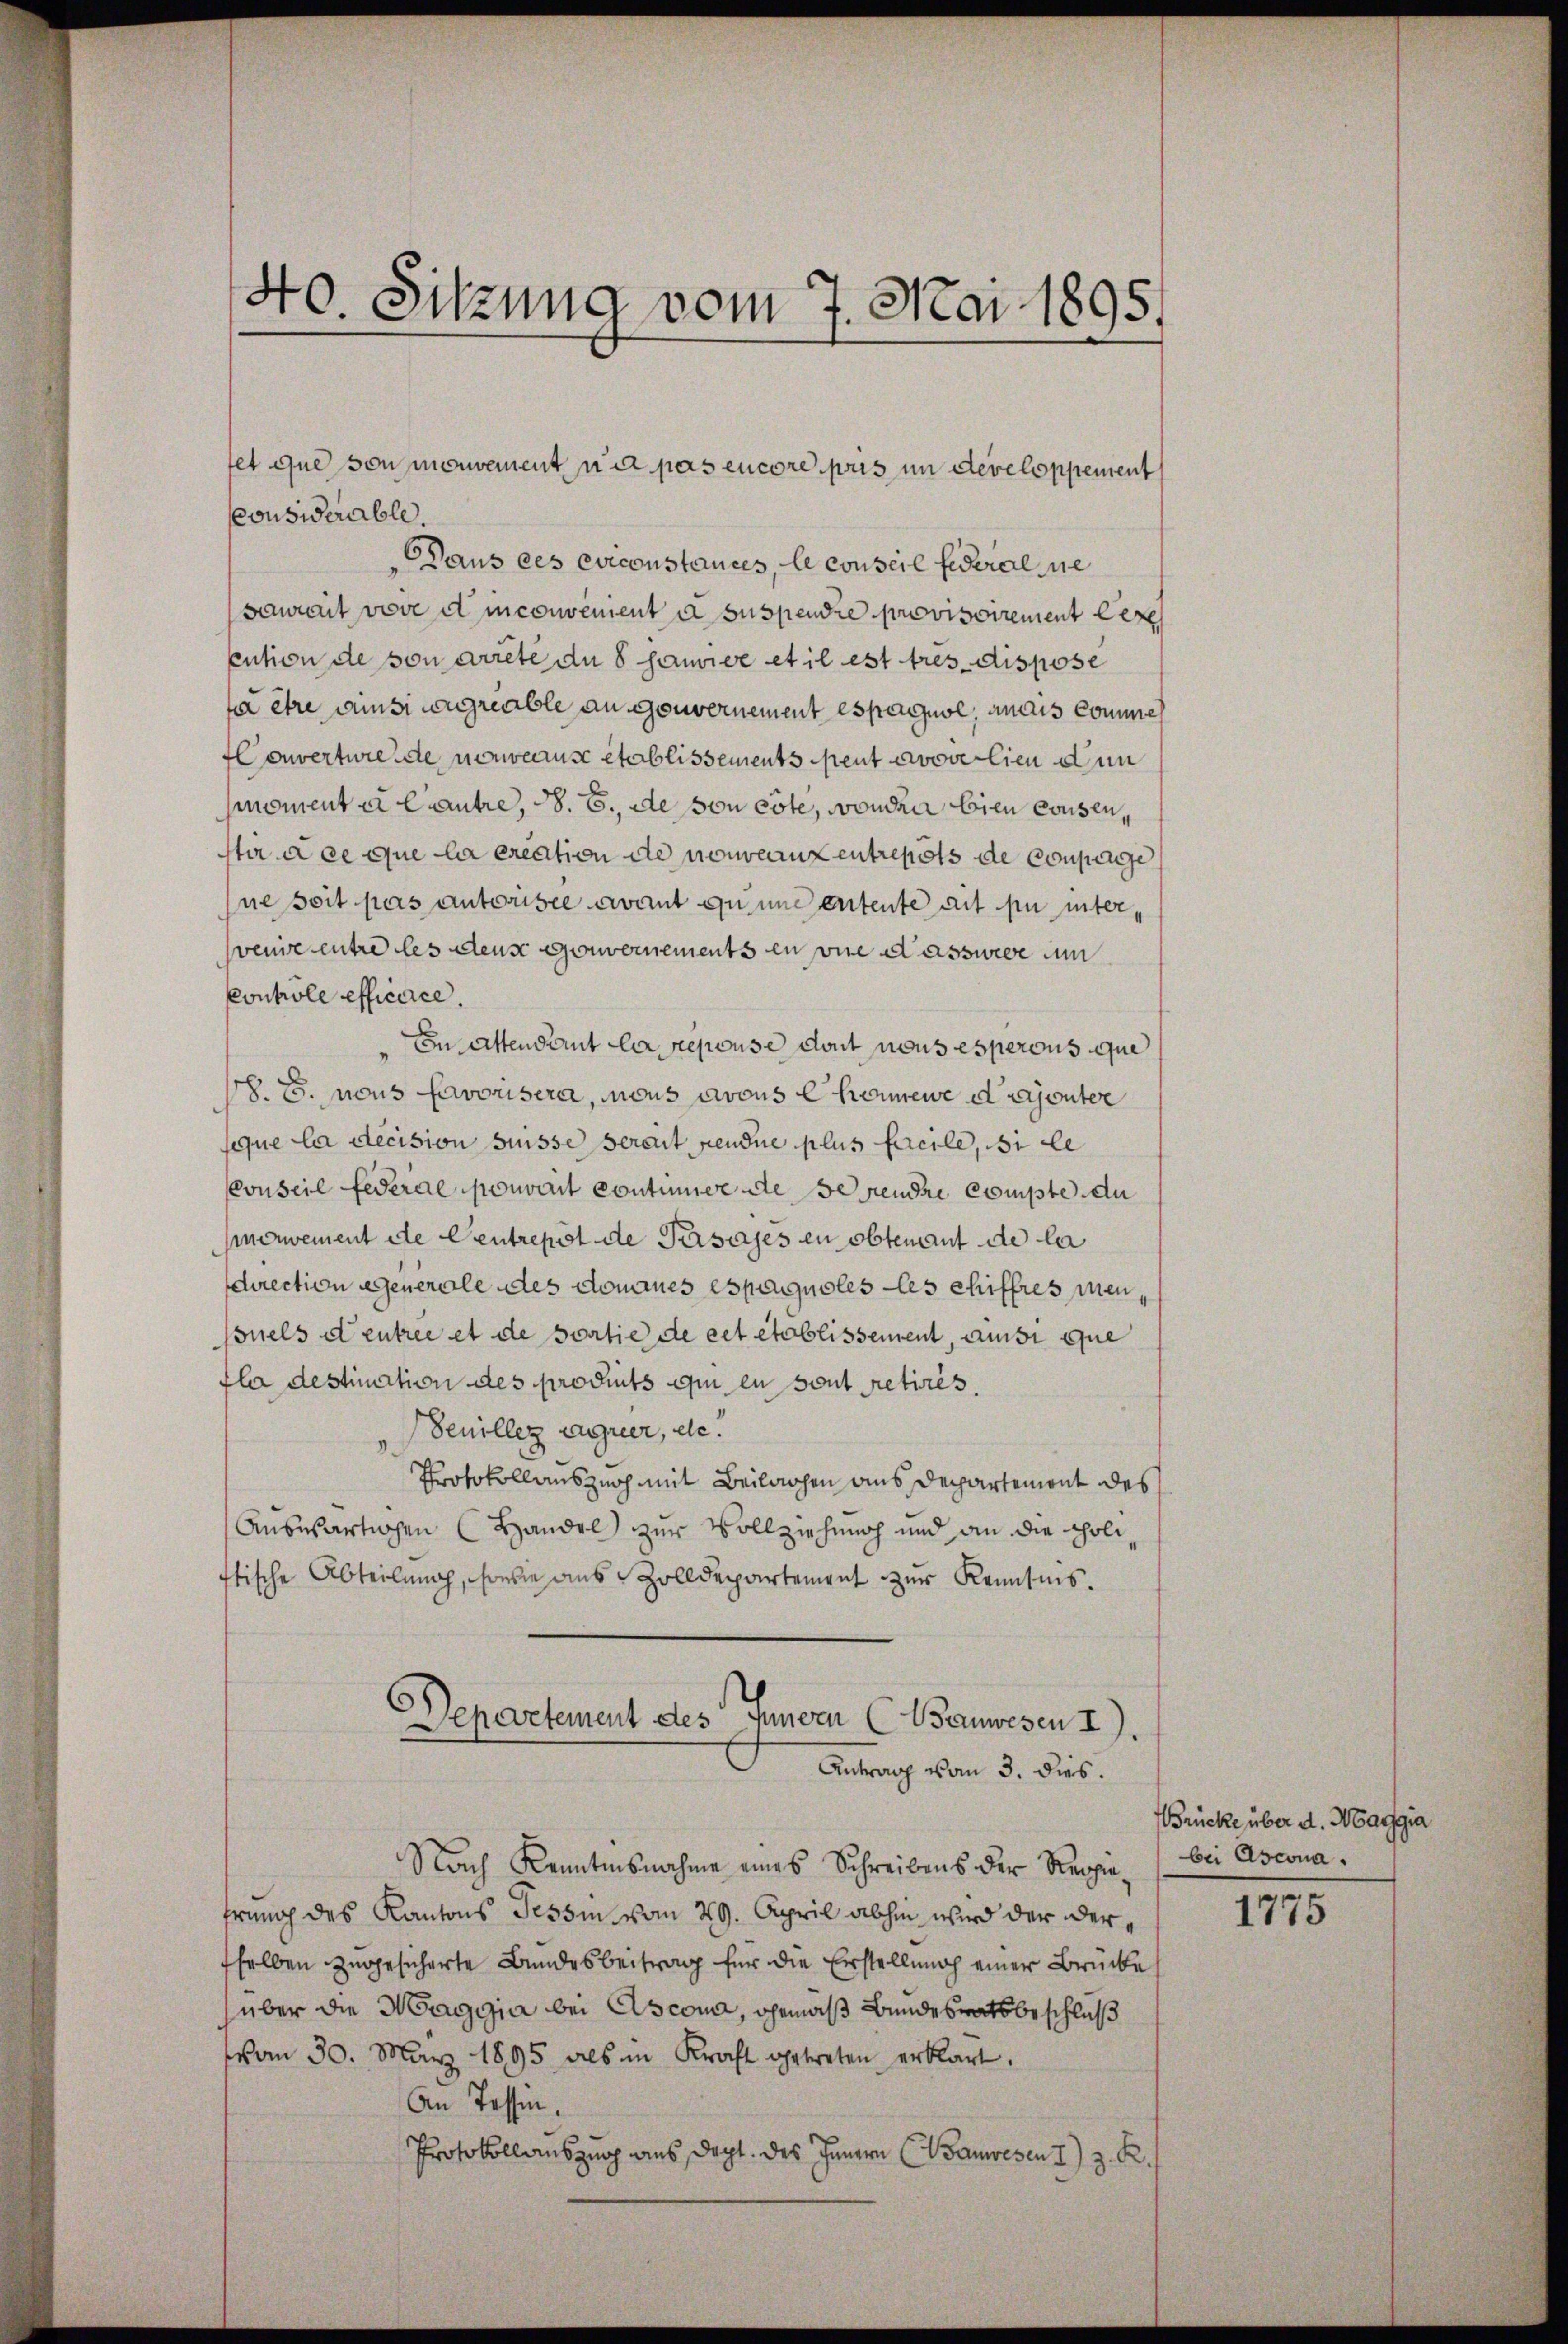
considérable.
Daus ces eviconstances, le conseil federal nie
Saurait vore d inconvenient a suspendre provisoirement exe
cution de sonarrete du 8 Janvivre et il est tres dispose
s être ansiwagreable an Gouvernement es peuve, andes Commen
Couverture de nouveause etablissements peut avover lieu dun
noment er Cautre, d. 6. de von este, von den bien cousen,
sti à ce que la ereation de nouveanzentrepots de conperge
ne soit pas autorisée avant qu’une entente ait pu unter,
venire entre les deus Gouvernements en sie dasswege um
Controle efficerce.
En Attendant la repouse dont nous espercus que
. 75. nous favorisera, nous avous Chommene d ajouter
sque la decision süsse serait pendue plus facile, der le
Conseil federal pouvant contümer die Serendre compte du
nerwement de Centrepot de Persages en obtenant de la
schrection gegenerale des donaues espaguoles des chiffres menpouels et entree et de sortie de cet etablissement, ansi que
fla destination des produits qui en sont retirés.
Senillez aggrer, de
Protokollauszuch mit Beilagen aus Departement des
Auswärtigen (Handel zur Vollziehung und an die Polistische Abteilung, sowie aus Zolldepartement zur Kenntnis.
Departement des Innern (Wanwesen I
Antrag vom 3. dies.
Nach Kenntnisnahme eines Schreibens der Regiefrung des Kantons Tessin vom 29. April abhin wird der derselben zugesicherte Bundesbeitrag für die Erstellung einer Brücke
über die Maggia bei Ascona, gemäß Bundesratsbeschluß
vom 30. März 1895 als in Kraft getreten erklärt.
An Tassen.
Protokollauszug aus dept. des Innern (Wanwesen 1) z. R./

40. Sitzung vom 7. Mai 1895.

fet que von mouvement un pas encore pris im Developpement

Brücke über d. Maggia
bei Ascona.

1775